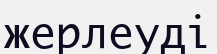
жерлеуді